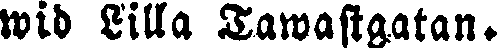
wid Lilla Tawastgatan.